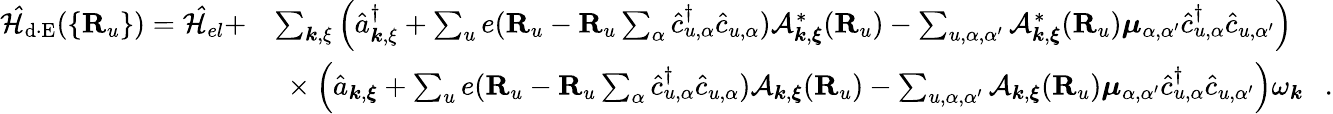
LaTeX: \begin{array}{rl}{\mathcal{\hat{H}}_{\mathrm{d\cdot E}}(\{ {\mathbf R}_{u}\} )=\mathcal{\hat{H}}_{el}+}&{\sum_{{\boldsymbol k},{\mathbf\xi}}\Big(\hat{a}_{{\boldsymbol k},{\mathbf\xi}}^{\dagger}+\sum_{u}e({\mathbf R}_{u}-{\mathbf R}_{u}\sum_{\alpha}\hat{c}_{u,\alpha}^{\dagger}\hat{c}_{u,\alpha})\mathcal{A}_{{\boldsymbol k},{\boldsymbol\xi}}^{*}({\mathbf R}_{u})-\sum_{u,\alpha,\alpha^{\prime}}\mathcal{A}_{{\boldsymbol k},{\boldsymbol\xi}}^{*}({\mathbf R}_{u}){\boldsymbol\mu}_{\alpha,\alpha^{\prime}}\hat{c}_{u,\alpha}^{\dagger}\hat{c}_{u,\alpha^{\prime}}\Big)}\\ &{~\times\Big(\hat{a}_{{\boldsymbol k},{\boldsymbol{\xi}}}+\sum_{u}e({\mathbf R}_{u}-{\mathbf R}_{u}\sum_{\alpha}\hat{c}_{u,\alpha}^{\dagger}\hat{c}_{u,\alpha})\mathcal{A}_{{\boldsymbol k},{\boldsymbol\xi}}({\mathbf R}_{u})-\sum_{u,\alpha,\alpha^{\prime}}\mathcal{A}_{{\boldsymbol k},{\boldsymbol\xi}}({\mathbf R}_{u}){\boldsymbol\mu}_{\alpha,\alpha^{\prime}}\hat{c}_{u,\alpha}^{\dagger}\hat{c}_{u,\alpha^{\prime}}\Big)\omega_{\boldsymbol k}~~~.}\end{array}